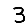
Digit: 3